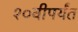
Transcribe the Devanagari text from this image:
१०वीपर्यंत